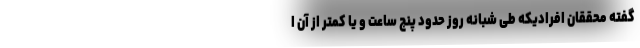
گفته محققان افرادیکه طی شبانه روز حدود پنج ساعت و یا کمتر از آن ا